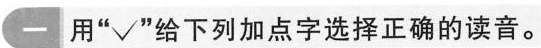
一用”√”给下列加点字选择正确的读音。